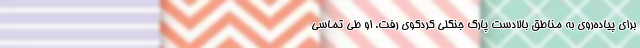
برای پیاده‌روی به مناطق بالادست پارک جنگلی کردکوی رفت. او طی تماسی